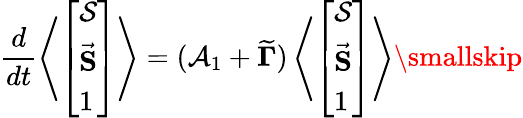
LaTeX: \frac{d}{dt}\left\langle\left[\begin{array}{l}{\mathcal{S}}\\ {\vec{\mathbf S}}\\ {1}\end{array}\right]\right\rangle=(\mathcal{A}_{1}+\mathbf{\widetilde{\Gamma}})\left\langle\left[\begin{array}{l}{\mathcal{S}}\\ {\vec{\mathbf S}}\\ {1}\end{array}\right]\right\rangle\smallskip